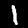
Label: 1